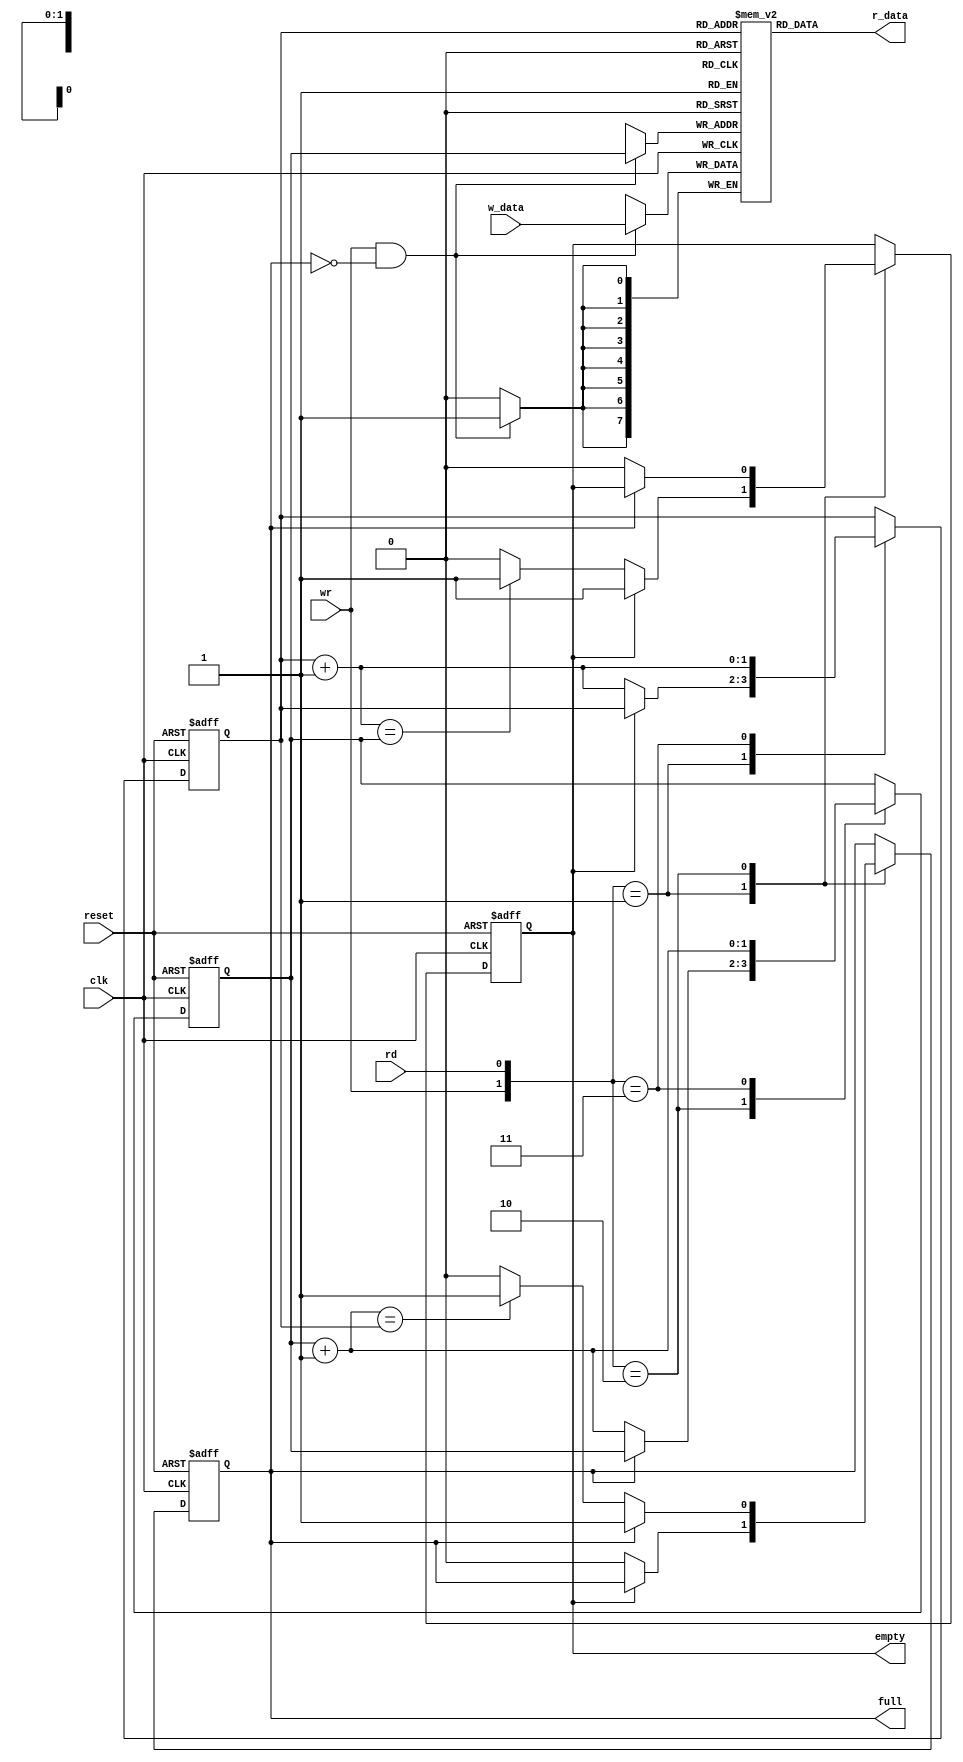
`timescale 1ns / 1ps
//////////////////////////////////////////////////////////////////////////////////
// Company: 
// Engineer: 
// 
// Design Name: 
// Module Name:    fifo 
// Project Name: 
// Target Devices: 
// Tool versions: 
// Description: 
//
// Dependencies: 
//
// Revision: 
// Revision 0.01 - File Created
// Additional Comments: 
//
//////////////////////////////////////////////////////////////////////////////////
module fifo
#(parameter N=8, // # DBIT: n bits de dato
            W=2  // numero de bits de direcciones en la fifo
)
(clk, reset,rd, wr,w_data,empty, full,r_data);
	
	// Entradas modulo buf FIFO
	input wire clk, reset;
   input wire rd; // rd: es la entrada de rd_uart del Rx y tx_done_tick de Tx
	input wire wr; // wr: es la salida rx_done_tick del Rx y wr_uart de Tx
   input wire [N-1:0] w_data; // entrada a transmitir
   
	// Salidas modulo buf FIFO
	output wire empty; // bandera que indica buffer vacio, cuando no hay mas nada que leer en el buff
							 // empty: indica si el buff de recepcion esta vacia (1) o no (0)
	output wire	full;  // full: bandera que indica cuando el buff esta lleno y no se puede escribir hasta que se vacie
							 // full: indica si el buff fifo de Tx esta lleno (1) o no (0)
   output wire [N-1:0] r_data; // registro de dato recepcion

   // Declaracion de seales con inicializacion en cada una
	reg [N-1:0] array_reg [2**W-1:0];  // lista de registros
   reg [W-1:0] w_ptr_reg, w_ptr_next=0, w_ptr_succ;
   reg [W-1:0] r_ptr_reg, r_ptr_next=0, r_ptr_succ;
	reg empty_reg, empty_next = 1;// buff de recepcion Rx inicia vacio
	reg full_reg, full_next=0; // buff de transmision Tx inicia vacio
   wire wr_en;

   // Estados de la FSM & Resgistros de datos
   // Operacion de escritura de fila de reg
   always @(posedge clk)
      if (wr_en)
         array_reg[w_ptr_reg] <= w_data;
   
	// Operacion de lectura de fila de lista registro
   assign r_data = array_reg[r_ptr_reg];
   
	// Se habilita la escritura solo cuando la fifo no esta llena
   assign wr_en = wr & ~full_reg;

   // Logica de control de cola fifo
   // registros para punteros de lectura y escritura
   always @(posedge clk, posedge reset)
      if (reset)
         begin
            w_ptr_reg <= 0;
            r_ptr_reg <= 0;
            full_reg <= 1'b0;
            empty_reg <= 1'b1;
         end
      else
         begin
            w_ptr_reg <= w_ptr_next;
            r_ptr_reg <= r_ptr_next;
            full_reg <= full_next;
            empty_reg <= empty_next;
         end

   // Logica de siguiente estado para la escritur y lectura
   always @*
   begin
      // Valores de punteros sucesivos
      w_ptr_succ = w_ptr_reg + 1;
      r_ptr_succ = r_ptr_reg + 1;
      // default: mantenimiento de valores anteriores
      w_ptr_next = w_ptr_reg;
      r_ptr_next = r_ptr_reg;
      full_next = full_reg;
      empty_next = empty_reg;
      case ({wr, rd})
         // 2'b00:  no op
         2'b01: // read
            if (~empty_reg) // not empty
               begin
                  r_ptr_next = r_ptr_succ;
                  full_next = 1'b0;
                  if (r_ptr_succ==w_ptr_reg)
                     empty_next = 1'b1;
               end
         2'b10: // write
            if (~full_reg) // not full
               begin
                  w_ptr_next = w_ptr_succ;
                  empty_next = 1'b0;
                  if (w_ptr_succ==r_ptr_reg)
                     full_next = 1'b1;
               end
         2'b11: // write and read
            begin
               w_ptr_next = w_ptr_succ;
               r_ptr_next = r_ptr_succ;
            end
      endcase
   end

   // Logica de salida de moduLo buff FIFO
   assign full = full_reg;
   assign empty = empty_reg;

endmodule